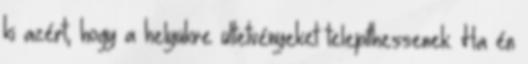
ki azért, hogy a helyükre ültetvényeket telepíthessenek. Ha én